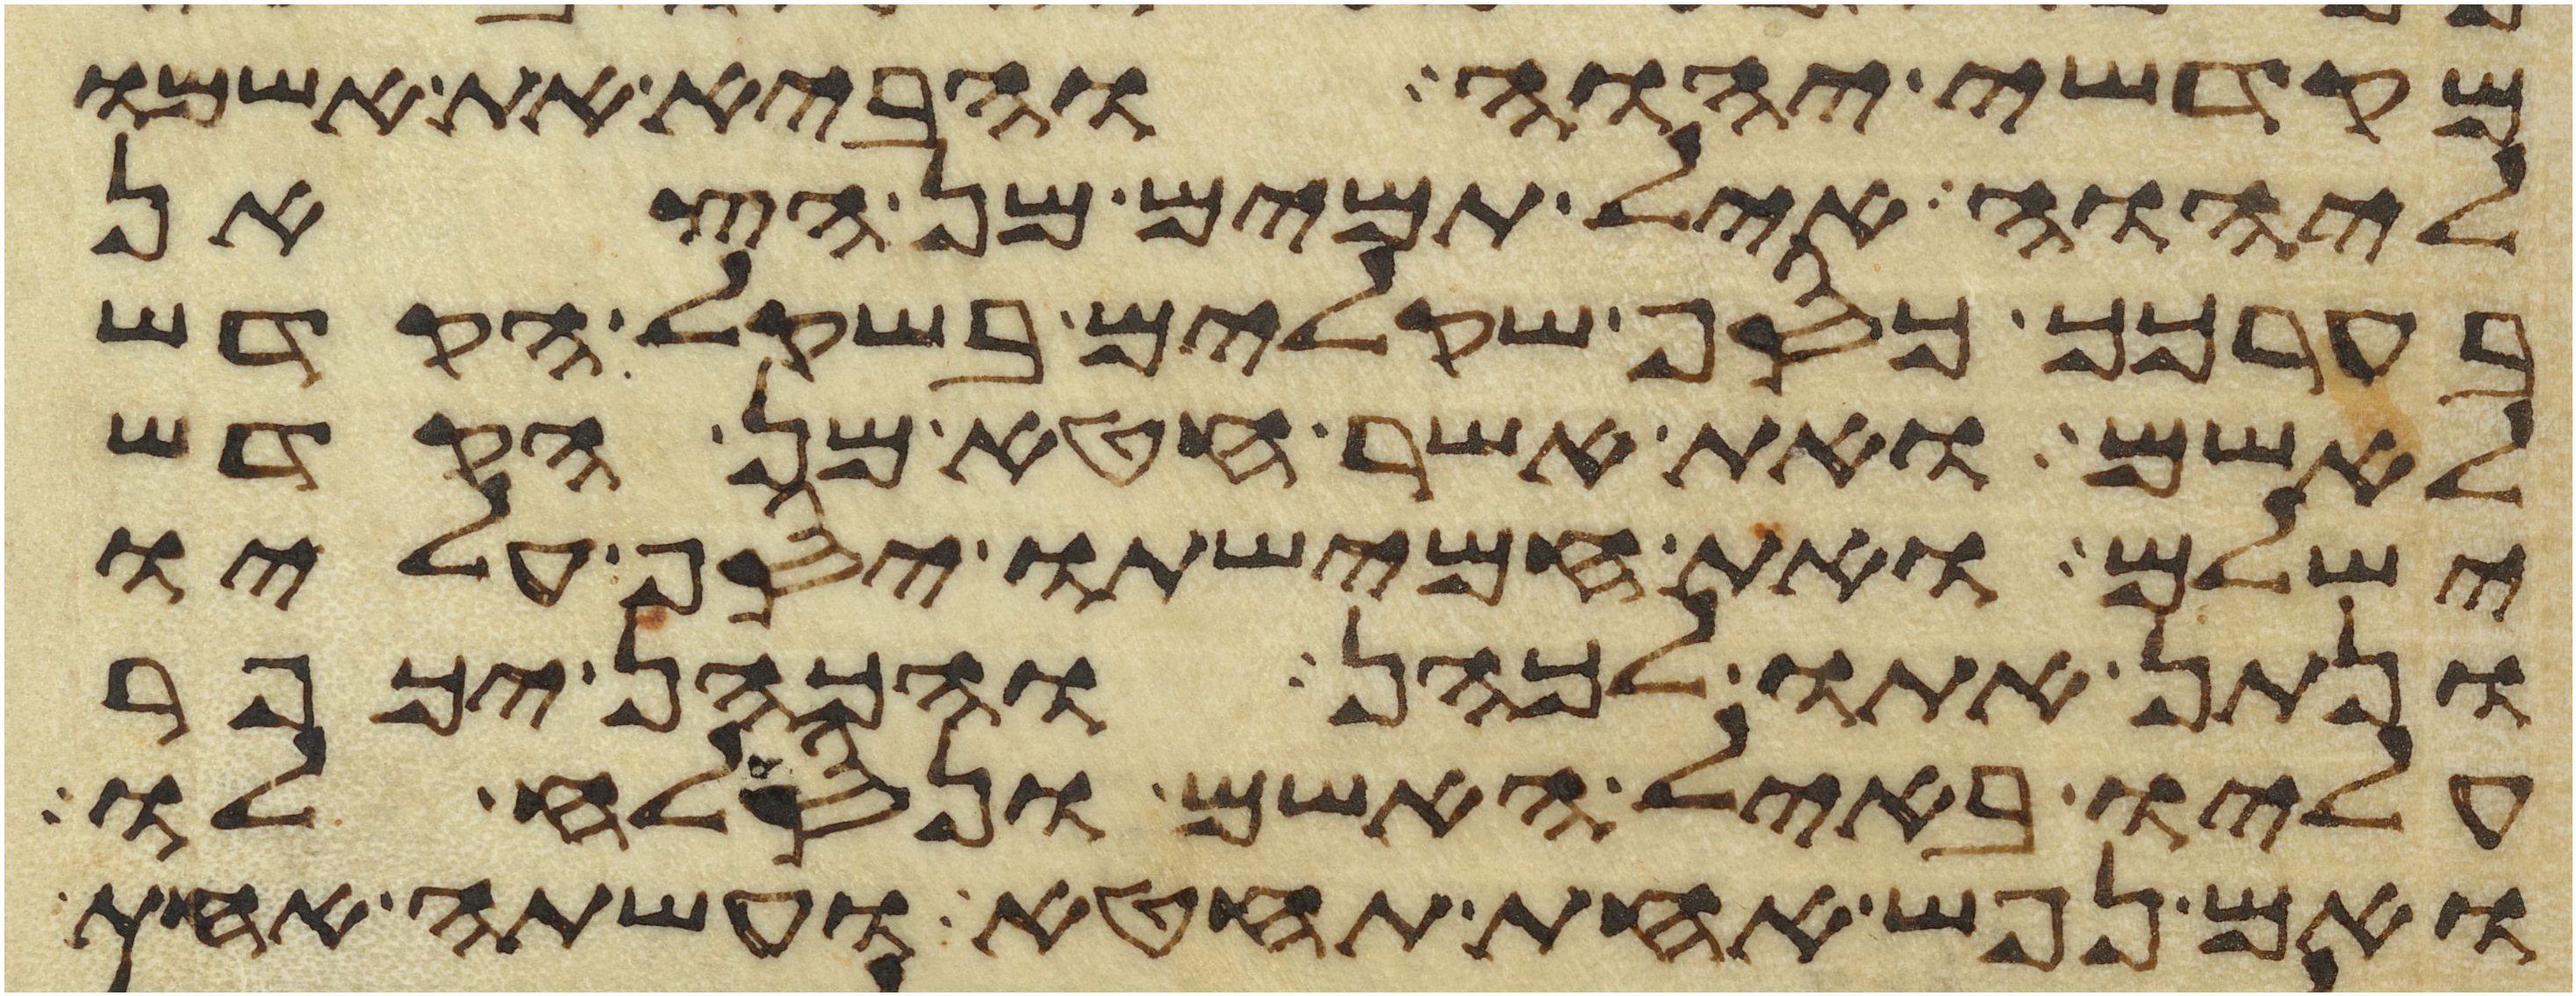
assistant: מקדשי יהוה והביא את אשמו
ליהוה איל תמים מן הצאן
בערכך כסף שקלים בשקל הקדש
לאשם ואת אשר חטא מן הקדש
ישלם ואת חמישתו יסף עליו
ונתן אתו לכהן והכהן יכפר
עליו באיל האשם ונסלח לו
ואם נפש אחת תחטא ועשתה אחת